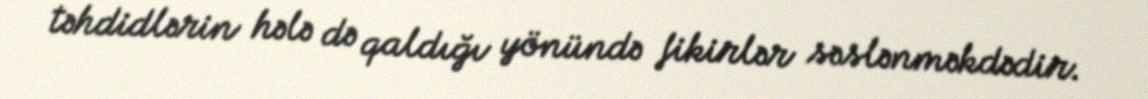
təhdidlərin hələ də qaldığı yönündə fikirlər səslənməkdədir.